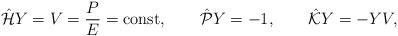
LaTeX: \begin{align*}\hat{\cal H}Y=V=\frac{P}{E}={\rm const},\qquad\hat{\cal P}Y=-1,\qquad\hat{\cal K}Y=-YV, \end{align*}